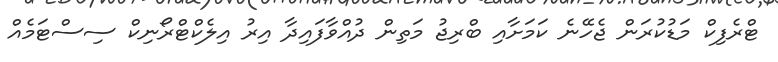
ޓްރެފިކް މަޑުކުރަން ޖެހޭނެ ކަމަށާއި ބްރިޖު މަތިން ދުއްވާފައިދާ އިރު އިލެކްޓްރޯނިކް ސިސްޓަމެއް